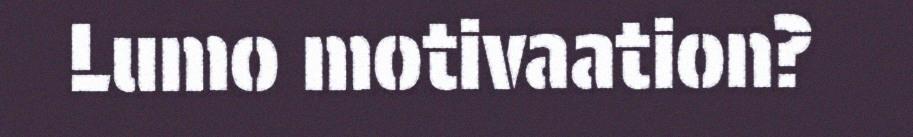
Lumo motivaation?